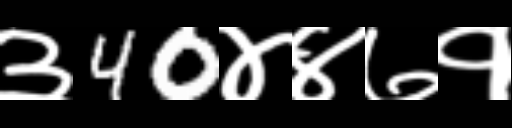
Text: ३40४४७१